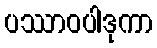
ပဿာဝပါဒုကာ